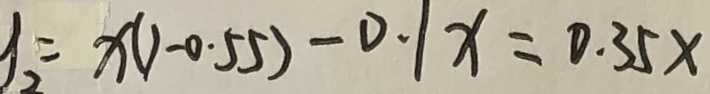
y _ { 2 } = x ( 1 - 0 . 5 5 ) - 0 . 1 x = 0 . 3 5 x